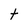
Character: t